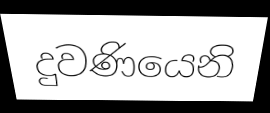
දුවණියෙනි